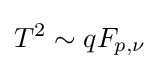
T^{2}\sim qF_{p,\nu }